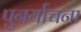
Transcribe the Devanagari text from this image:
पुनर्याचना